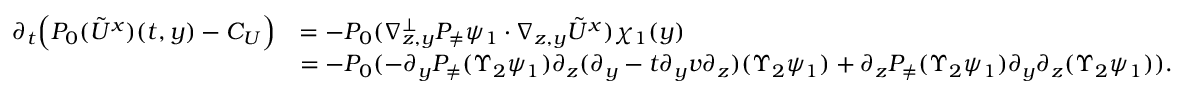
\begin{array} { r l } { \partial _ { t } \Big ( P _ { 0 } ( \tilde { U } ^ { x } ) ( t , y ) - C _ { U } \Big ) } & { = - P _ { 0 } ( \nabla _ { z , y } ^ { \bot } P _ { \neq } \psi _ { 1 } \cdot \nabla _ { z , y } \tilde { U } ^ { x } ) \chi _ { 1 } ( y ) } \\ & { = - P _ { 0 } ( - \partial _ { y } P _ { \neq } ( \Upsilon _ { 2 } \psi _ { 1 } ) \partial _ { z } ( \partial _ { y } - t \partial _ { y } v \partial _ { z } ) ( \Upsilon _ { 2 } \psi _ { 1 } ) + \partial _ { z } P _ { \neq } ( \Upsilon _ { 2 } \psi _ { 1 } ) \partial _ { y } \partial _ { z } ( \Upsilon _ { 2 } \psi _ { 1 } ) ) . } \end{array}